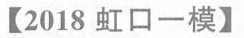
【2018虹口一模】